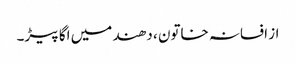
از افسانہ خاتون ، دھند میں اگا پیڑ۔